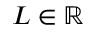
L \in \mathbb { R }